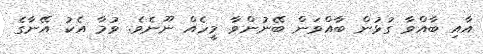
އާއި ބާއްވާ ގުޅުން ބާއްވަން ބޭނުންވާ މީހެއް ނޫނެވެ. ވުމާ އެކު އޭނާގެ